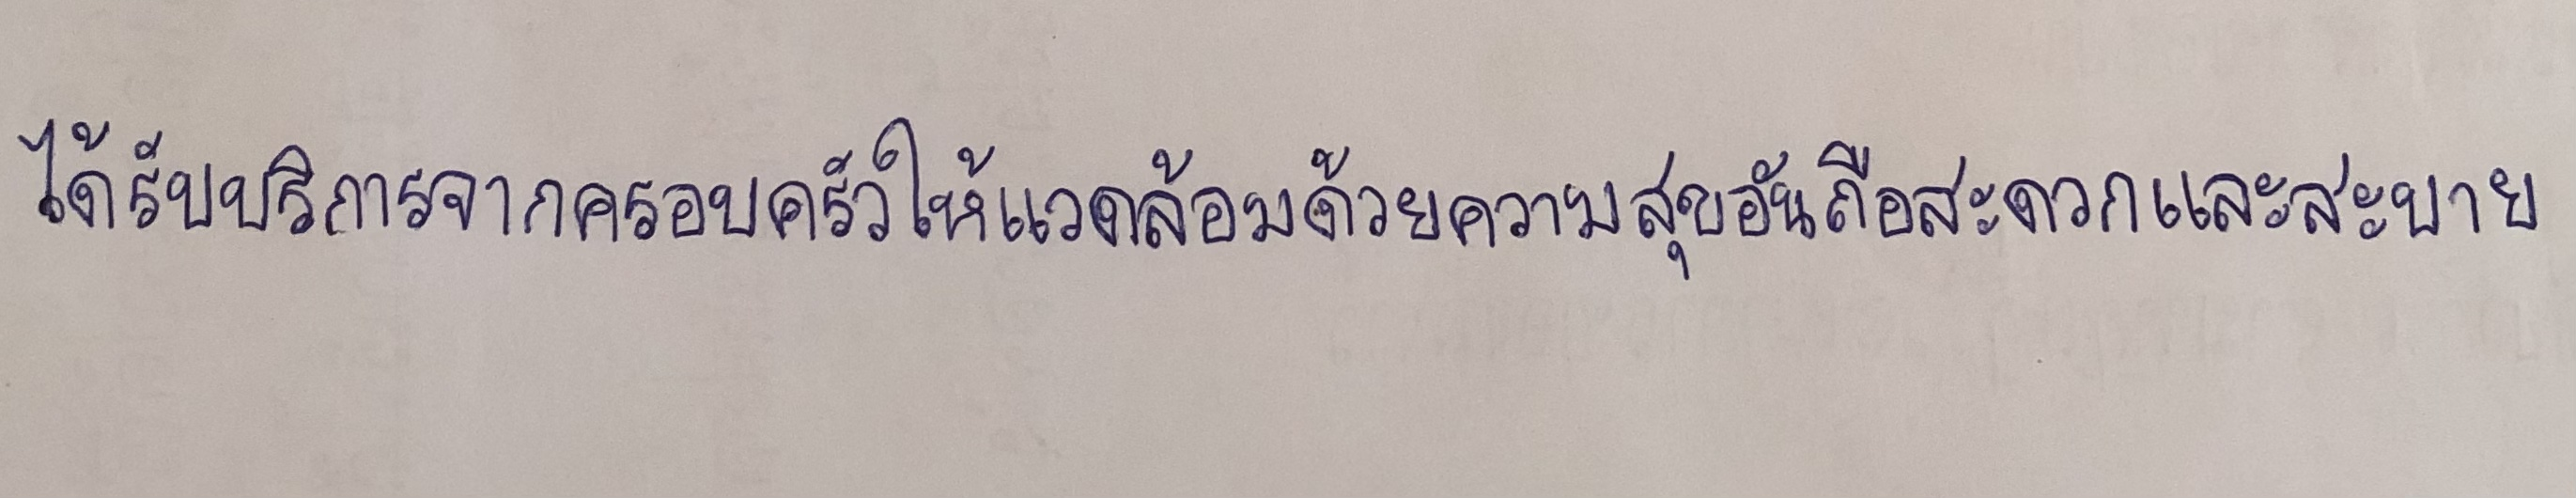
ได้รับบริการจากครอบครัวให้แวดล้อมด้วยความสุขอันถือสะดวกและสบาย